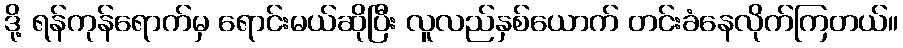
ဒို့ ရန်ကုန်ရောက်မှ ရောင်းမယ်ဆိုပြီး လူလည်နှစ်ယောက် တင်းခံနေလိုက်ကြတယ်။